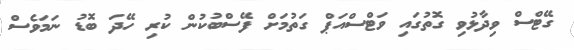
ގޭޓްސް ވިދާޅުވި ގޮތުގައި ވަޓްސްއަޕް ގަތުމަށް ފޭސްބުކުން ކުރި ހޭދަ ބޮޑު ނަމަވެސް